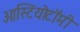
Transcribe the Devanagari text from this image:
ओस्टियोटॉमी